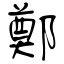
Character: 鄭